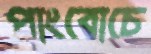
পাংবোচে